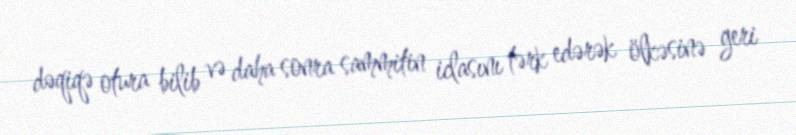
dəqiqə otura bilib və daha sonra sammitin iclasını tərk edərək ölkəsinə geri